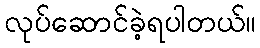
လုပ်ဆောင်ခဲ့ရပါတယ်။